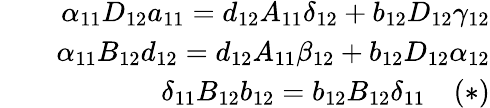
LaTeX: \begin{array}{rlr}&{}&{\alpha_{11}D_{12}a_{11}=d_{12}A_{11}\delta_{12}+b_{12}D_{12}\gamma_{12}}\\ &{}&{\alpha_{11}B_{12}d_{12}=d_{12}A_{11}\beta_{12}+b_{12}D_{12}\alpha_{12}}\\ &{}&{\delta_{11}B_{12}b_{12}=b_{12}B_{12}\delta_{11}\quad(*)}\end{array}